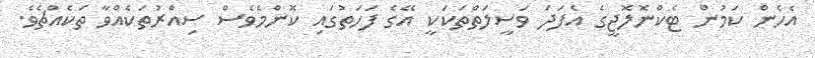
އެހެން ކަމުން ޓެކްނޮލޮޖީގެ އެފަދަ ވަސީލަތްތަކަކީ އޭގެ ފަހަތުގައި ކޮންމެވެސް ސިއްރުތަކެއްވާ ތަކެއްޗެވެ.